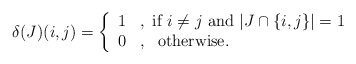
\begin{align*}\delta(J)(i,j) = \left\{ \begin{array}{ll} 1 &, \mbox{ if $i\not = j$ and } |J\cap \{i,j\}| = 1\\ 0 &,\ \mbox{ otherwise}.\end{array}\right.\end{align*}